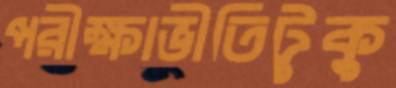
পরীক্ষাভীতিটুকু